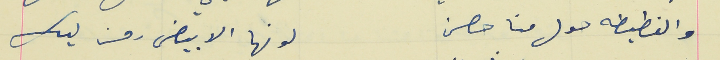
والنطيطه حول منا حصن                                         لونها الابيض رمز ليك